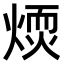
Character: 𤌢